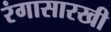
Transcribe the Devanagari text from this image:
रंगासारखी